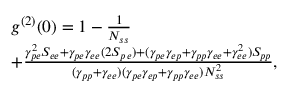
\begin{array} { r l } & { g ^ { ( 2 ) } ( 0 ) = 1 - \frac { 1 } { N _ { s s } } } \\ & { + \frac { \gamma _ { p e } ^ { 2 } S _ { e e } + \gamma _ { p e } \gamma _ { e e } ( 2 S _ { p \, e } ) + ( \gamma _ { p e } \gamma _ { e p } + \gamma _ { p p } \gamma _ { e e } + \gamma _ { e e } ^ { 2 } ) S _ { p p } } { ( \gamma _ { p p } + \gamma _ { e e } ) ( \gamma _ { p e } \gamma _ { e p } + \gamma _ { p p } \gamma _ { e e } ) N _ { s s } ^ { 2 } } , } \end{array}